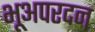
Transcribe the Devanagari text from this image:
भूअपरदन